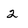
Character: 2